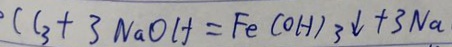
C l _ { 3 } + 3 N a O H = F e ( O H ) _ { 3 } \downarrow + 3 N a